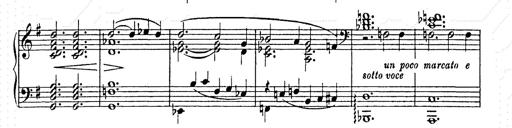
Title: AnnÃ©es de pÃ¨lerinage II
Composer: Franz Liszt